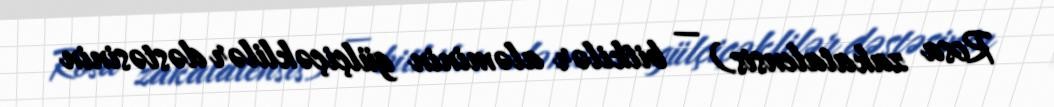
Rosa zakatalensis) — bitkilər aləminin gülçiçəklilər dəstəsinin